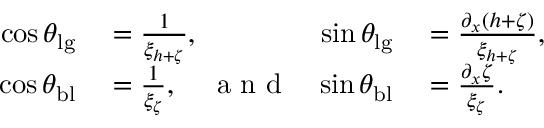
\begin{array} { r l r l } { \cos \theta _ { \mathrm { l g } } } & { { } = \frac { 1 } { \xi _ { h + \zeta } } , } & { \sin \theta _ { \mathrm { l g } } } & { { } = \frac { \partial _ { x } ( h + \zeta ) } { \xi _ { h + \zeta } } , } \\ { \cos \theta _ { \mathrm { b l } } } & { { } = \frac { 1 } { \xi _ { \zeta } } , \quad \mathrm { ~ a ~ n ~ d ~ } } & { \sin \theta _ { \mathrm { b l } } } & { { } = \frac { \partial _ { x } \zeta } { \xi _ { \zeta } } . } \end{array}